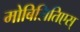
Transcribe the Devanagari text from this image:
मोबिलितिएस्